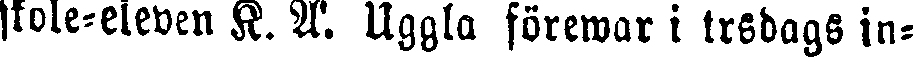
skole-eleven K. A. Uggla förewar i trsdags in-